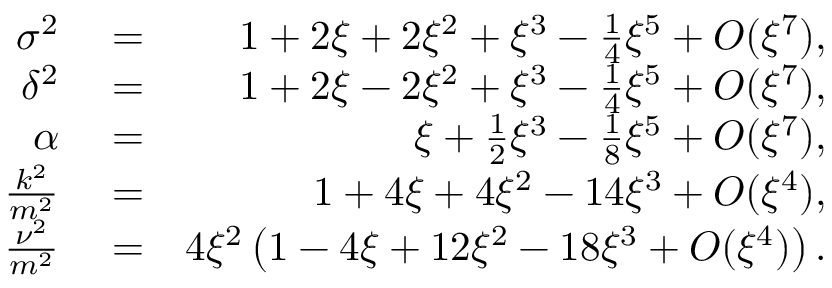
\begin{array} { r l r } { \sigma ^ { 2 } } & { { } = } & { 1 + 2 \xi + 2 \xi ^ { 2 } + \xi ^ { 3 } - \frac { 1 } { 4 } \xi ^ { 5 } + { \cal O } ( \xi ^ { 7 } ) , } \\ { \delta ^ { 2 } } & { { } = } & { 1 + 2 \xi - 2 \xi ^ { 2 } + \xi ^ { 3 } - \frac { 1 } { 4 } \xi ^ { 5 } + { \cal O } ( \xi ^ { 7 } ) , } \\ { \alpha } & { { } = } & { \xi + \frac { 1 } { 2 } \xi ^ { 3 } - \frac { 1 } { 8 } \xi ^ { 5 } + { \cal O } ( \xi ^ { 7 } ) , } \\ { \frac { k ^ { 2 } } { m ^ { 2 } } } & { { } = } & { 1 + 4 \xi + 4 \xi ^ { 2 } - 1 4 \xi ^ { 3 } + { \cal O } ( \xi ^ { 4 } ) , } \\ { \frac { \nu ^ { 2 } } { m ^ { 2 } } } & { { } = } & { 4 \xi ^ { 2 } \left( 1 - 4 \xi + 1 2 \xi ^ { 2 } - 1 8 \xi ^ { 3 } + { \cal O } ( \xi ^ { 4 } ) \right) . } \end{array}